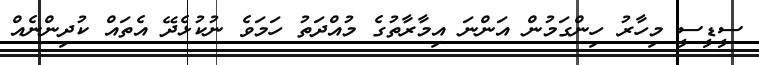
ސީޑީސީ މިހާރު ހިންގަމުން އަންނަ އިމާރާތުގެ މުއްދަތު ހަމަވެ ނުކުޅެދޭ އެތައް ކުދިންނެއް